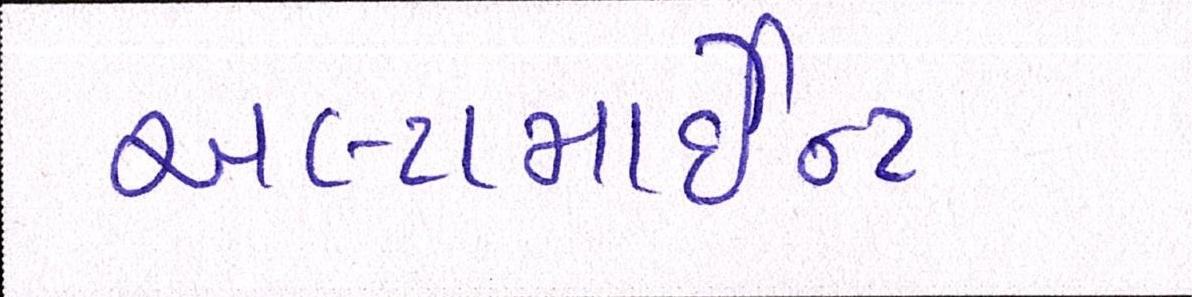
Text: અલ્ટામાઉન્ટ